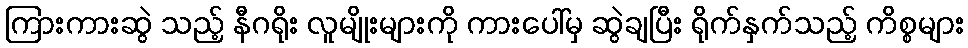
ကြားကားဆွဲ သည့် နီဂရိုး လူမျိုးများကို ကားပေါ်မှ ဆွဲချပြီး ရိုက်နှက်သည့် ကိစ္စများ